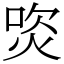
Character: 焁